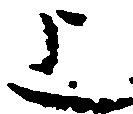
上